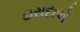
ઇરાદાએ